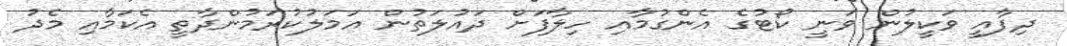
ދިފާއީ ވަކީލުން ވަނީ ކޯޓުގެ އެންގުމާއި ހިލާފަށް ދައުލަތުން އަމަލުކުރަމުންދާތީ އެކަމާއި މެދު